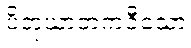
ပိတုဃာတကဝီသော